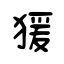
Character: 猨